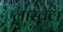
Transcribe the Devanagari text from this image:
लास्वेल